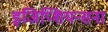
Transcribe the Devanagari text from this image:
इजिप्शियन्सना